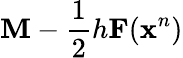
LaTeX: \mathbf{M}-\frac 12h\mathbf{F}(\mathbf{x}^{n})